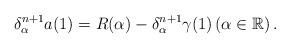
LaTeX: \begin{align*} \delta_{\alpha}^{n+1}a(1)=R(\alpha)-\delta^{n+1}_{\alpha}\gamma(1) \left(\alpha\in \mathbb{R}\right). \end{align*}